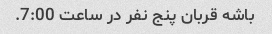
باشه قربان پنج نفر در ساعت 7:00.